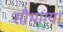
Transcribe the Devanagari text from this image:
सौभाग्य।